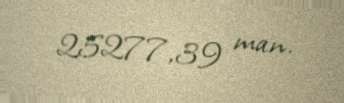
25277,39 man.